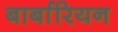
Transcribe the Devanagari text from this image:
बार्बारियन